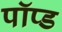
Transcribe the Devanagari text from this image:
पॉप्ड